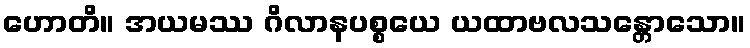
ဟောတိ။ အယမဿ ဂိလာနပစ္စယေ ယထာဗလသန္တောသော။